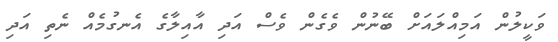
ވަކީލުން އަމިއްލައަށް ބޭނުން ވެގެން ވެސް އަދި އާއިލާގެ އެނގުމެއް ނެތި އަދި